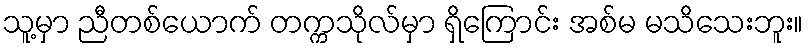
သူ့မှာ ညီတစ်ယောက် တက္ကသိုလ်မှာ ရှိကြောင်း အစ်မ မသိသေးဘူး။